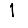
Digit: 1